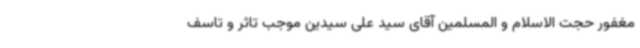
مغفور حجت الاسلام و المسلمین آقای سید علی سیدین موجب تاثر و تاسف